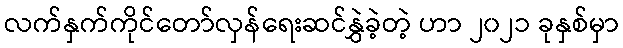
လက်နှက်ကိုင်တော်လှန်ရေးဆင်နွှဲခဲ့တဲ့ ဟာ ၂၀၂၁ ခုနှစ်မှာ